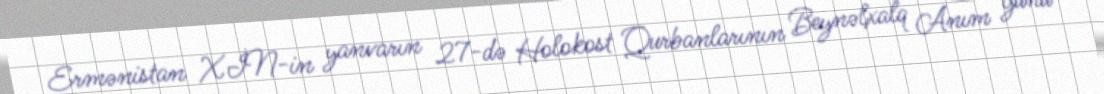
Ermənistan XİN-in yanvarın 27-də Holokost Qurbanlarının Beynəlxalq Anım günü